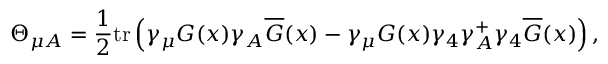
\Theta _ { \mu A } = \frac 1 2 \mathrm { t r } \left( \gamma _ { \mu } G ( x ) \gamma _ { A } \overline { { { G } } } ( x ) - \gamma _ { \mu } G ( x ) \gamma _ { 4 } \gamma _ { A } ^ { + } \gamma _ { 4 } \overline { { { G } } } ( x ) \right) ,